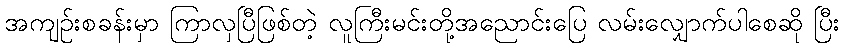
အကျဉ်းစခန်းမှာ ကြာလှပြီဖြစ်တဲ့ လူကြီးမင်းတို့အညောင်းပြေ လမ်းလျှောက်ပါစေဆို ပြီး